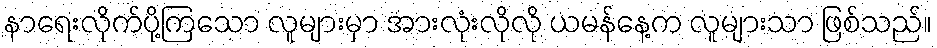
နာရေးလိုက်ပို့ကြသော လူများမှာ အားလုံးလိုလို ယမန်နေ့က လူများသာ ဖြစ်သည်။